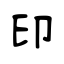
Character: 印